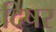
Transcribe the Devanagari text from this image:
दिषर